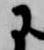
に